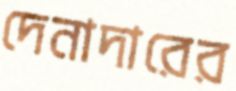
দেনাদারের